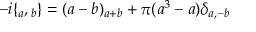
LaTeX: - i \{ \l _ { a } , \l _ { b } \} = ( a - b ) \l _ { a + b } + \pi ( a ^ { 3 } - a ) \delta _ { a , - b }